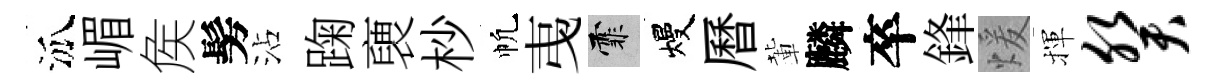
泒嵋矦髣沾踘褏杪帆𢎯霏熳曆輩麟卒鋒煖揮癸